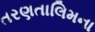
તરણતાલિમના